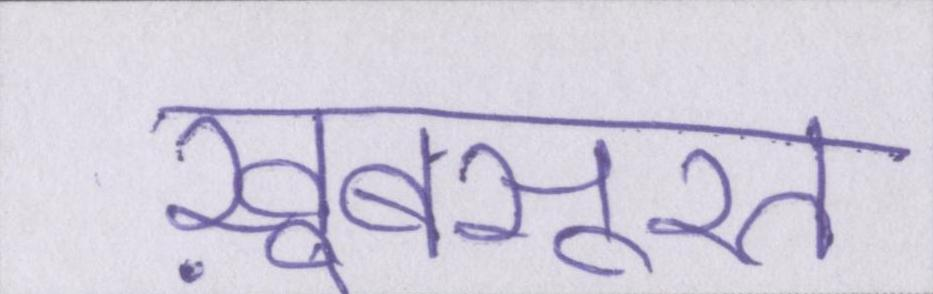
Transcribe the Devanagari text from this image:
ख़ूबसूरत